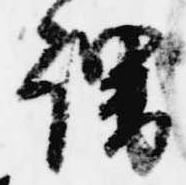
謂